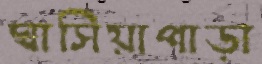
ঘাসিয়াপাড়া